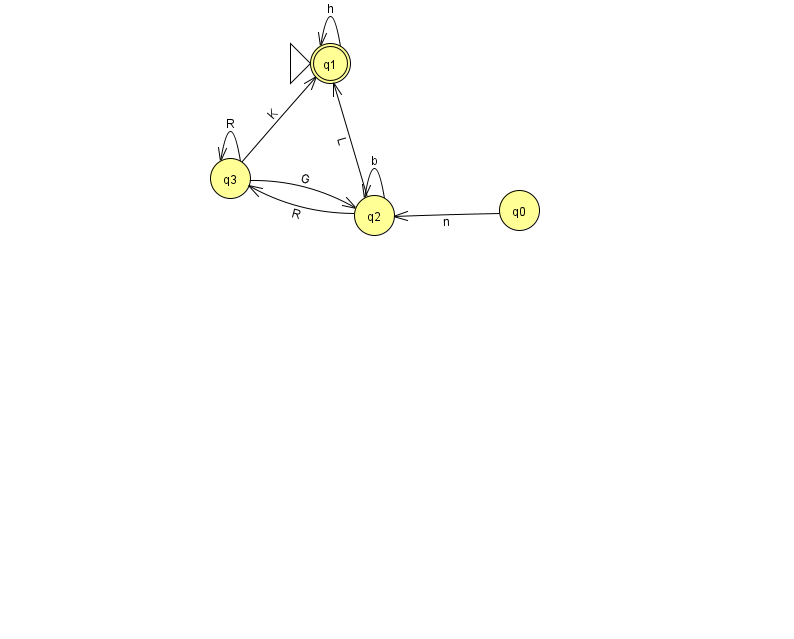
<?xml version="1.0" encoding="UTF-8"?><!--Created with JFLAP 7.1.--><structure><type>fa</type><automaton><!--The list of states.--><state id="0" name="q0"><x>519.0</x><y>197.0</y></state><state id="1" name="q1"><x>330.0</x><y>50.0</y><initial/><final/></state><state id="2" name="q2"><x>374.0</x><y>202.0</y></state><state id="3" name="q3"><x>230.0</x><y>165.0</y></state><!--The list of transitions.--><transition><from>3</from><to>1</to><read>K</read></transition><transition><from>2</from><to>1</to><read>L</read></transition><transition><from>2</from><to>2</to><read>b</read></transition><transition><from>3</from><to>2</to><read>G</read></transition><transition><from>3</from><to>3</to><read>R</read></transition><transition><from>2</from><to>3</to><read>R</read></transition><transition><from>0</from><to>2</to><read>n</read></transition><transition><from>1</from><to>1</to><read>h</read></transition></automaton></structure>